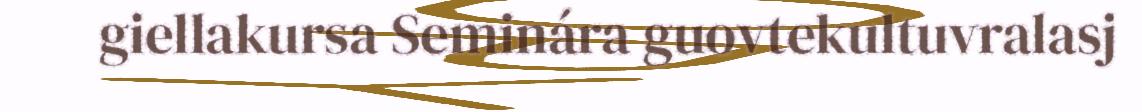
giellakursa Seminára guovtekultuvralasj